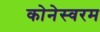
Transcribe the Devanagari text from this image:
कोनेस्वरम